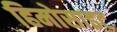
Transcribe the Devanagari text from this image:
हिमोसाइट